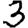
Digit: 3